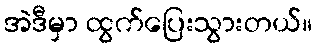
အဲဒီမှာ ထွက်ပြေးသွားတယ်။